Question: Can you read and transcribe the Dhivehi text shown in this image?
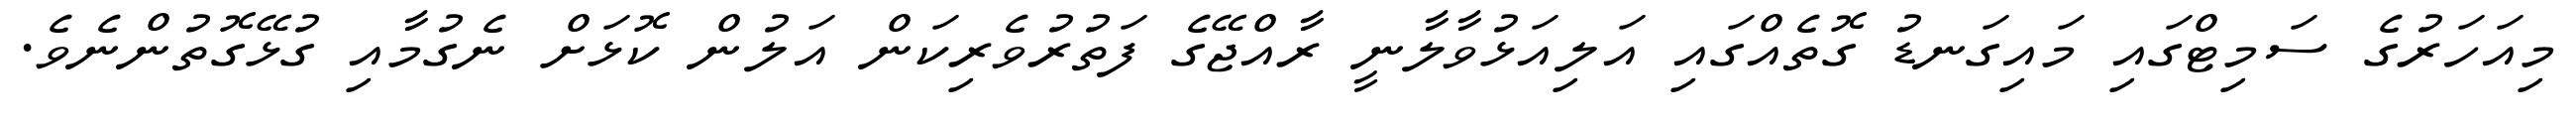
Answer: މިއަހަރުގެ ސަމިޓްގައި މައިގަނޑު ގޮތެއްގައި އަލިއަޅުވާލާނީ ރާއްޖޭގެ ފަތުރުވެރިކަން އަލުން ކޮޅަށް ނެގުމާއި ގުޅޭގޮތުންނެވެ.